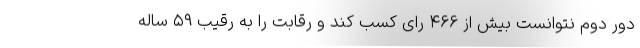
دور دوم نتوانست بیش از ۴۶۶ رای کسب کند و رقابت را به رقیب ۵۹ ساله